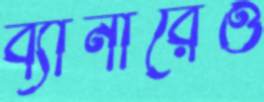
ব্যানারেও